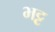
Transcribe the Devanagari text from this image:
भट्ट़